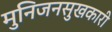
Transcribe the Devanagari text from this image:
मुनिजनसुखकारी